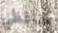
حافظي